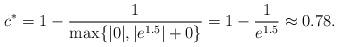
LaTeX: \begin{align*}c^*=1-\frac{1}{\max\{|0|,|e^{1.5}|+0\}}=1-\frac{1}{e^{1.5}}\approx 0.78.\end{align*}